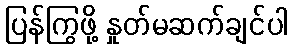
ပြန်ကြွဖို့ နှုတ်မဆက်ချင်ပါ